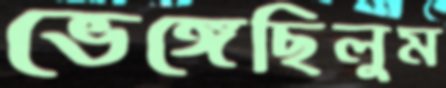
ভেঙ্গেছিলুম